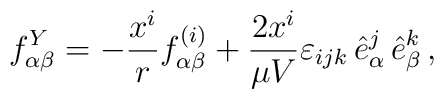
f^Y_{\alpha\beta} = - \frac{x^i}{r}f^{(i)}_{\alpha\beta} +\frac{2 x^i}{\mu V}\varepsilon_{ijk} \,{\hat e}^j_{\alpha} \,{\hat e}^k_{\beta}\,,